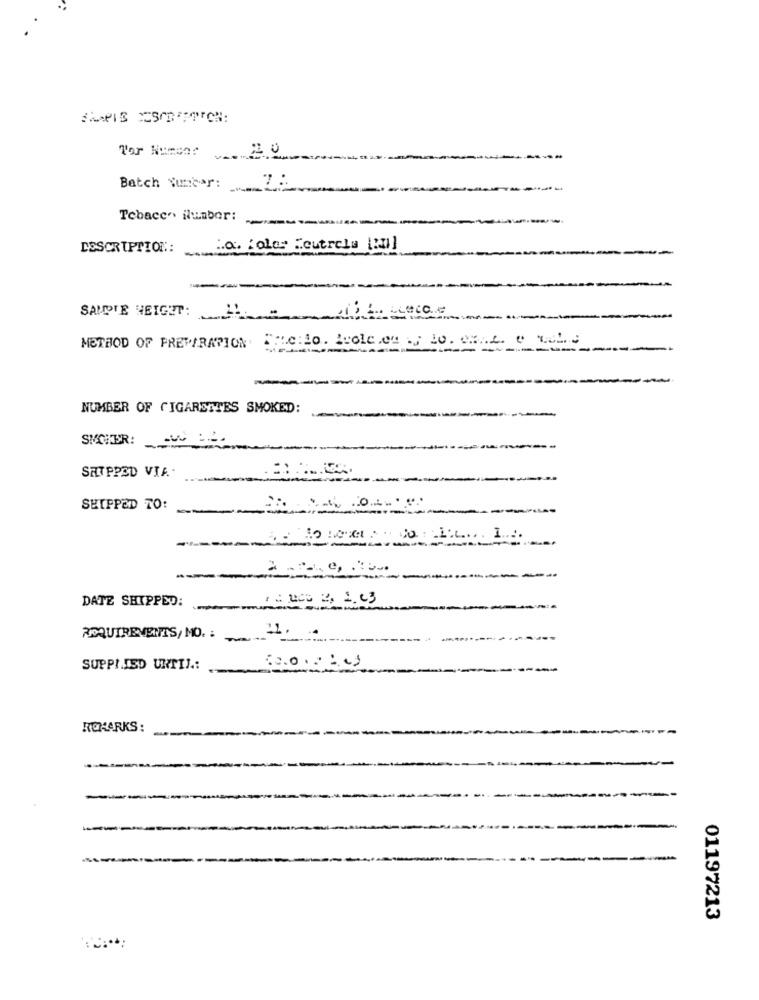
Batch \unear:
Tebacer. ilumber:
DESCRIPTION:
a: Color Feutrela [:]
---
SAMPLE HEIGHT: HANLAGE
METHOD OF PREPARATION BAC:No. 1-010.04 . 10. 0812 0 To
-
NUMBER OF CIGARETTES SMOKED:
SICHER: 00
SHIPPED VIA.
SHIPPED TO:
1 ..
DATE SHIPPED:
1 000 4. 2.43
REQUIREMENTS, NO. .
SUPPLIED UNTIL .:
REMARKS :
01197213